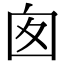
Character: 囱